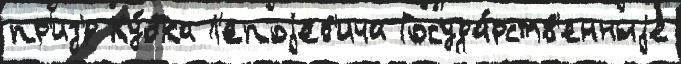
пр'из'́р Ку́бка Л'епоjев'ича Госуда́рств'енныjе